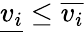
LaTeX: {\underline{{v_{i}}}}\leq{\overline{{v_{i}}}}